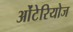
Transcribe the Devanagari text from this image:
ओंटेरियोज